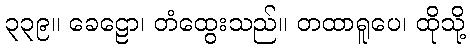
၃၃၉။ ခေဠော၊ တံထွေးသည်။ တထာရူပေ၊ ထိုသို့